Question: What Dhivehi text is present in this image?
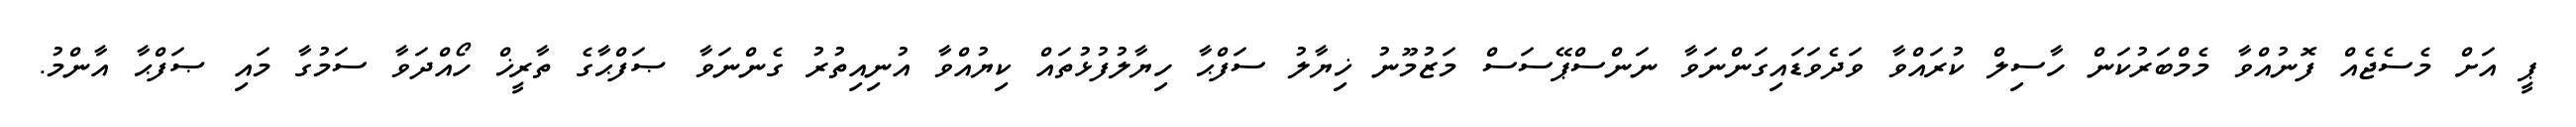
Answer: ޕީ އަށް މެސެޖެއް ފޮނުއްވާ މެމްބަރުކަން ހާސިލް ކުރައްވާ ވަދެވަޑައިގަންނަވާ ނަންސްޕޭސަސް މަޒުމޫނު ޚިޔާލު ސަފްޙާ ހިޔާލުފުޅުތައް ކިޔުއްވާ އުނިއިތުރު ގެންނަވާ ޞަފްޙާގެ ތާރީޚް ހޯއްދަވާ ސަމުގާ މައި ޞަފްޙާ އާންމު.